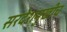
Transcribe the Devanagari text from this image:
सरदेशमुखीच